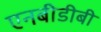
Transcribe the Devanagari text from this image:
एनबीडीबी